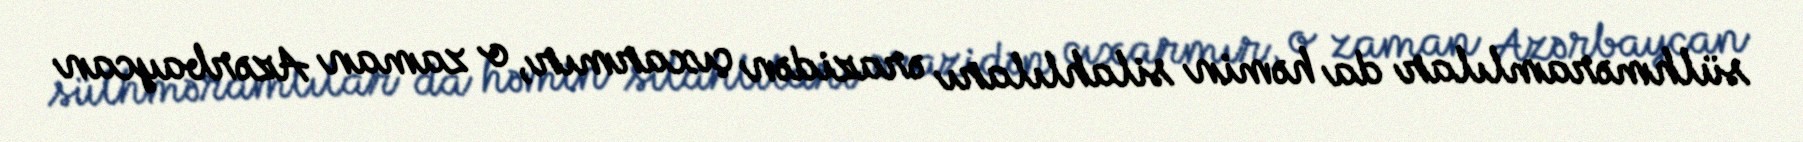
sülhməramlılar da həmin silahlıları ərazidən çıxarmır, o zaman Azərbaycan